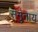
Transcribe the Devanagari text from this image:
समुताय